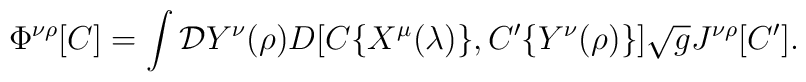
\Phi^{\nu\rho}[C]=\int {\cal D}Y^{\nu}(\rho) D [C\{ X^{\mu}(\lambda) \},C'\{ Y^{\nu}(\rho) \}] \sqrt{g} J^{\nu\rho}[C']. \hfill